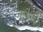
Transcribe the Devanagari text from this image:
सलाफी